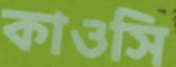
কাওসি